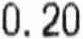
0.20